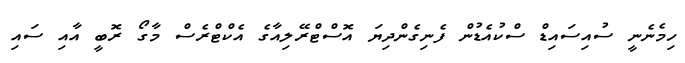
ހިމެނެނީ ސުއިސައިޑް ސްކުއެޑުން ފެނިގެންދިޔަ އޮސްޓްރޭލިއާގެ އެކްޓްރެސް މާގޯ ރޮބީ އާއި ސައި